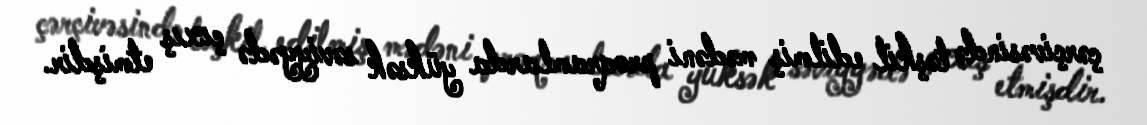
çərçivəsində təşkil edilmiş mədəni proqramlarda yüksək səviyyədə çıxış etmişdir.